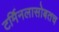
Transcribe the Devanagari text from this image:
टर्मिनलासोबतच